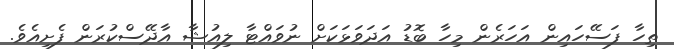
ތިހާ ފަސޭހައިން އަހަރެން މިހާ ބޮޑު އަދަވަޅަކަށް ނުވައްޓާ ލިއުޝާ އާދޭސްކުރަން ފެށިއެވެ.